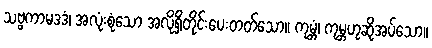
သဗ္ဗကာမဒဒံ၊ အလုံးစုံသော အလိုရှိတိုင်းပေးတတ်သော။ ကုမ္ဘံ၊ ကုမ္ဘဟုဆိုအပ်သော။